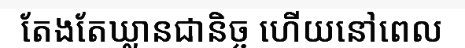
តែងតែឃ្លានជានិច្ច ហើយនៅពេល